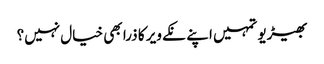
بھیڑیو تمہیں اپنے نکے ویر کا ذرا بھی خیال نہیں؟